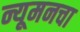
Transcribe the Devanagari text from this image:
न्यूमनचा